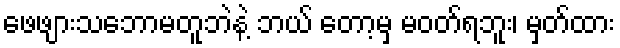
ဖေဖျားသဘောမတူဘဲနဲ့ ဘယ် တော့မှ မဝတ်ရဘူး၊ မှတ်ထား